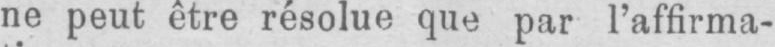
ne peut être résolue que par l’affirma-